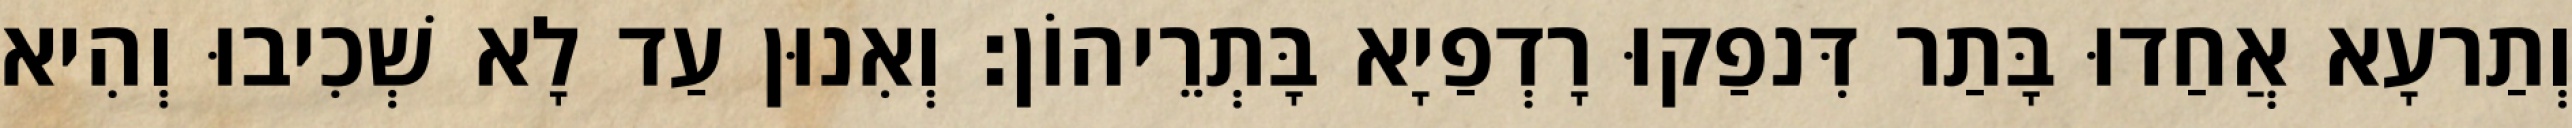
וְתַרעָא אֲחַדוּ בָּתַר דִּנפַקוּ רָדְפַיָא בָּתְרֵיהוֹן׃ וְאִנוּן עַד לָא שְׁכִיבוּ וְהִיא